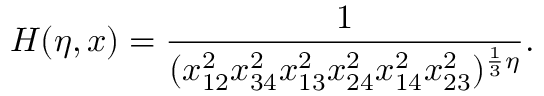
H ( \eta , x ) = \frac { 1 } { ( x _ { 1 2 } ^ { 2 } x _ { 3 4 } ^ { 2 } x _ { 1 3 } ^ { 2 } x _ { 2 4 } ^ { 2 } x _ { 1 4 } ^ { 2 } x _ { 2 3 } ^ { 2 } ) ^ { \frac { 1 } { 3 } \eta } } .